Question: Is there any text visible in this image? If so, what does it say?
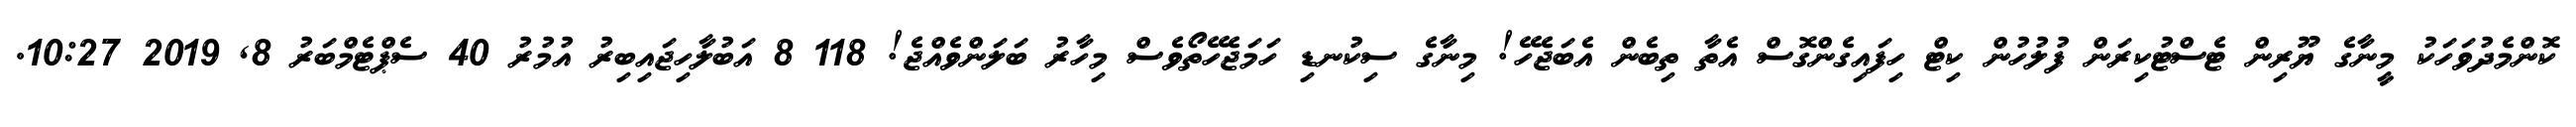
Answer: ކޮންމެދުވަހަކު މީނާގެ ޔޫރިން ޓެސްޓުކިރަން ފުލުހުން ކިޓް ހިފައިގެންގޮސް އެތާ ތިބެން އެބަޖެހޭ! މިނާގެ ސިކުނޑި ހަމަޖެހޭތޯވެސް މިހާރު ބަލަންވެއްޖެ! 118 8 އަބުލާހިޖައިބިރު އުމުރު 40 ސެޕްޓެމްބަރު 8, 2019 10:27.